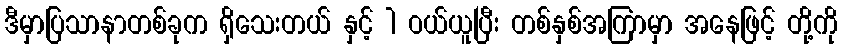
ဒီမှာပြသာနာတစ်ခုက ရှိသေးတယ် နှင့် 1 ဝယ်ယူပြီး တစ်နှစ်အကြာမှာ အနေဖြင့် တို့ကို